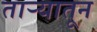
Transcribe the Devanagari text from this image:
ताऱ्यातून